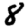
Digit: 8